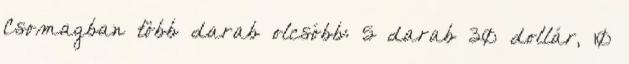
Csomagban több darab olcsóbb: 5 darab 30 dollár, 10